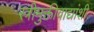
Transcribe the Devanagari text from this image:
स्त्रीमुक्तीवाद्यांशी